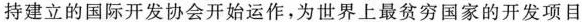
持建立的国际开发协会开始运作，为世界上最贫穷国家的开发项目